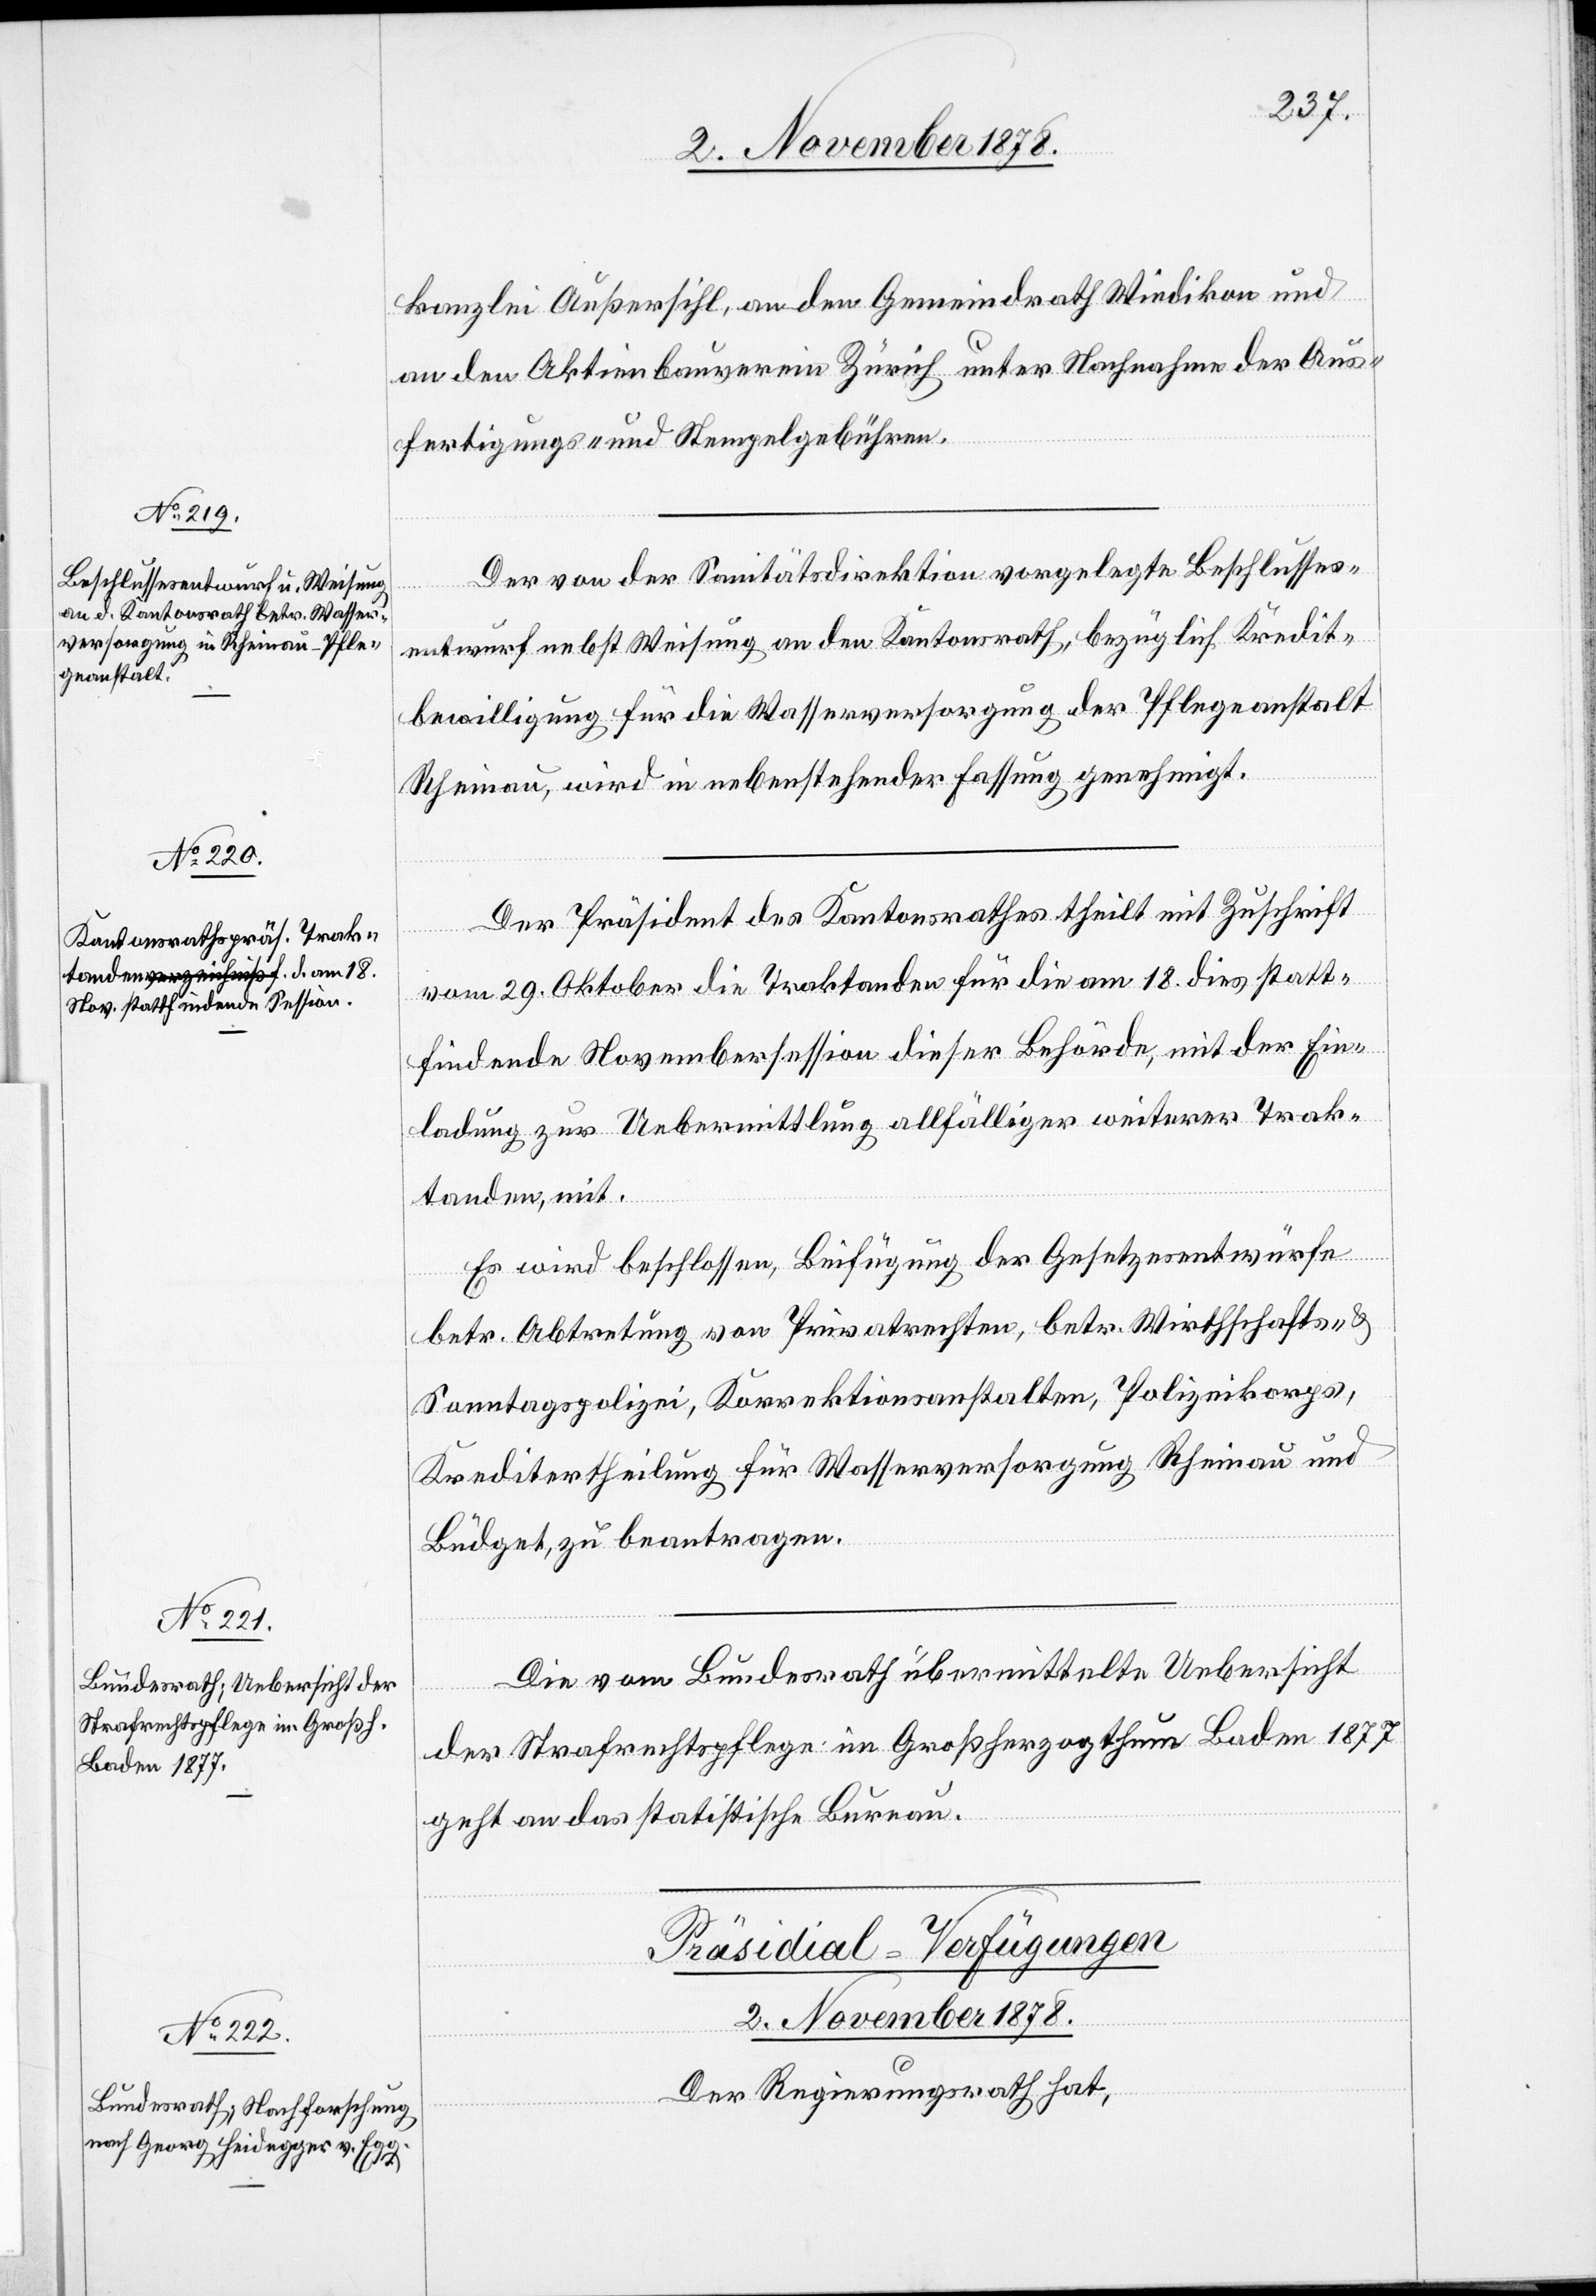
kanzlei Außersihl, an den Gemeindrath Wiedikon und
an den Aktienbauverein Zürich unter Nachnahme der Aus¬
fertigungs- und Stempelgebühren.
Der von der Sanitätsdirektion vorgelegte Beschlusses¬
entwurf nebst Weisung an den Kantonsrath, bezüglich Kredit¬
bewilligung für die Wasserversorgung der Pflegeanstalt
Rheinau, wird in nebenstehender Fassung genehmigt.
Der Präsident des Kantonsrathes theilt mit Zuschrift
vom 29. Oktober die Traktanden für die am 18. dies statt¬
findenden Novembersession dieser Behörde, mit der Ein¬
ladung zur Uebermittlung allfälliger weiterer Trak¬
tanden, mit.
Es wird beschlossen, Beifügung der Gesetzesentwürfe
betr. Abtretung von Privatrechten, betr. Wirthschafts- &
Sonntagspolizei, Korrektionsanstalten, Polizeikorps,
Kreditertheilung für Wasserversorgung Rheinau und
Büdget, zu beantragen.
Die vom Bundesrath übermittelte Uebersicht
der Strafrechtspflege im Großherzogthum Baden 1877
geht an das statistische Bureau.
Präsidial-Verfügungen
2. November 1878.
Der Regierungsrath hat,